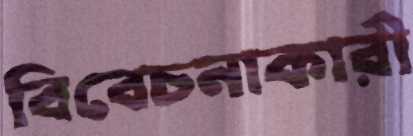
বিবেচনাকারী